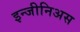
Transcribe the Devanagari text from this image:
इन्जीनिअस